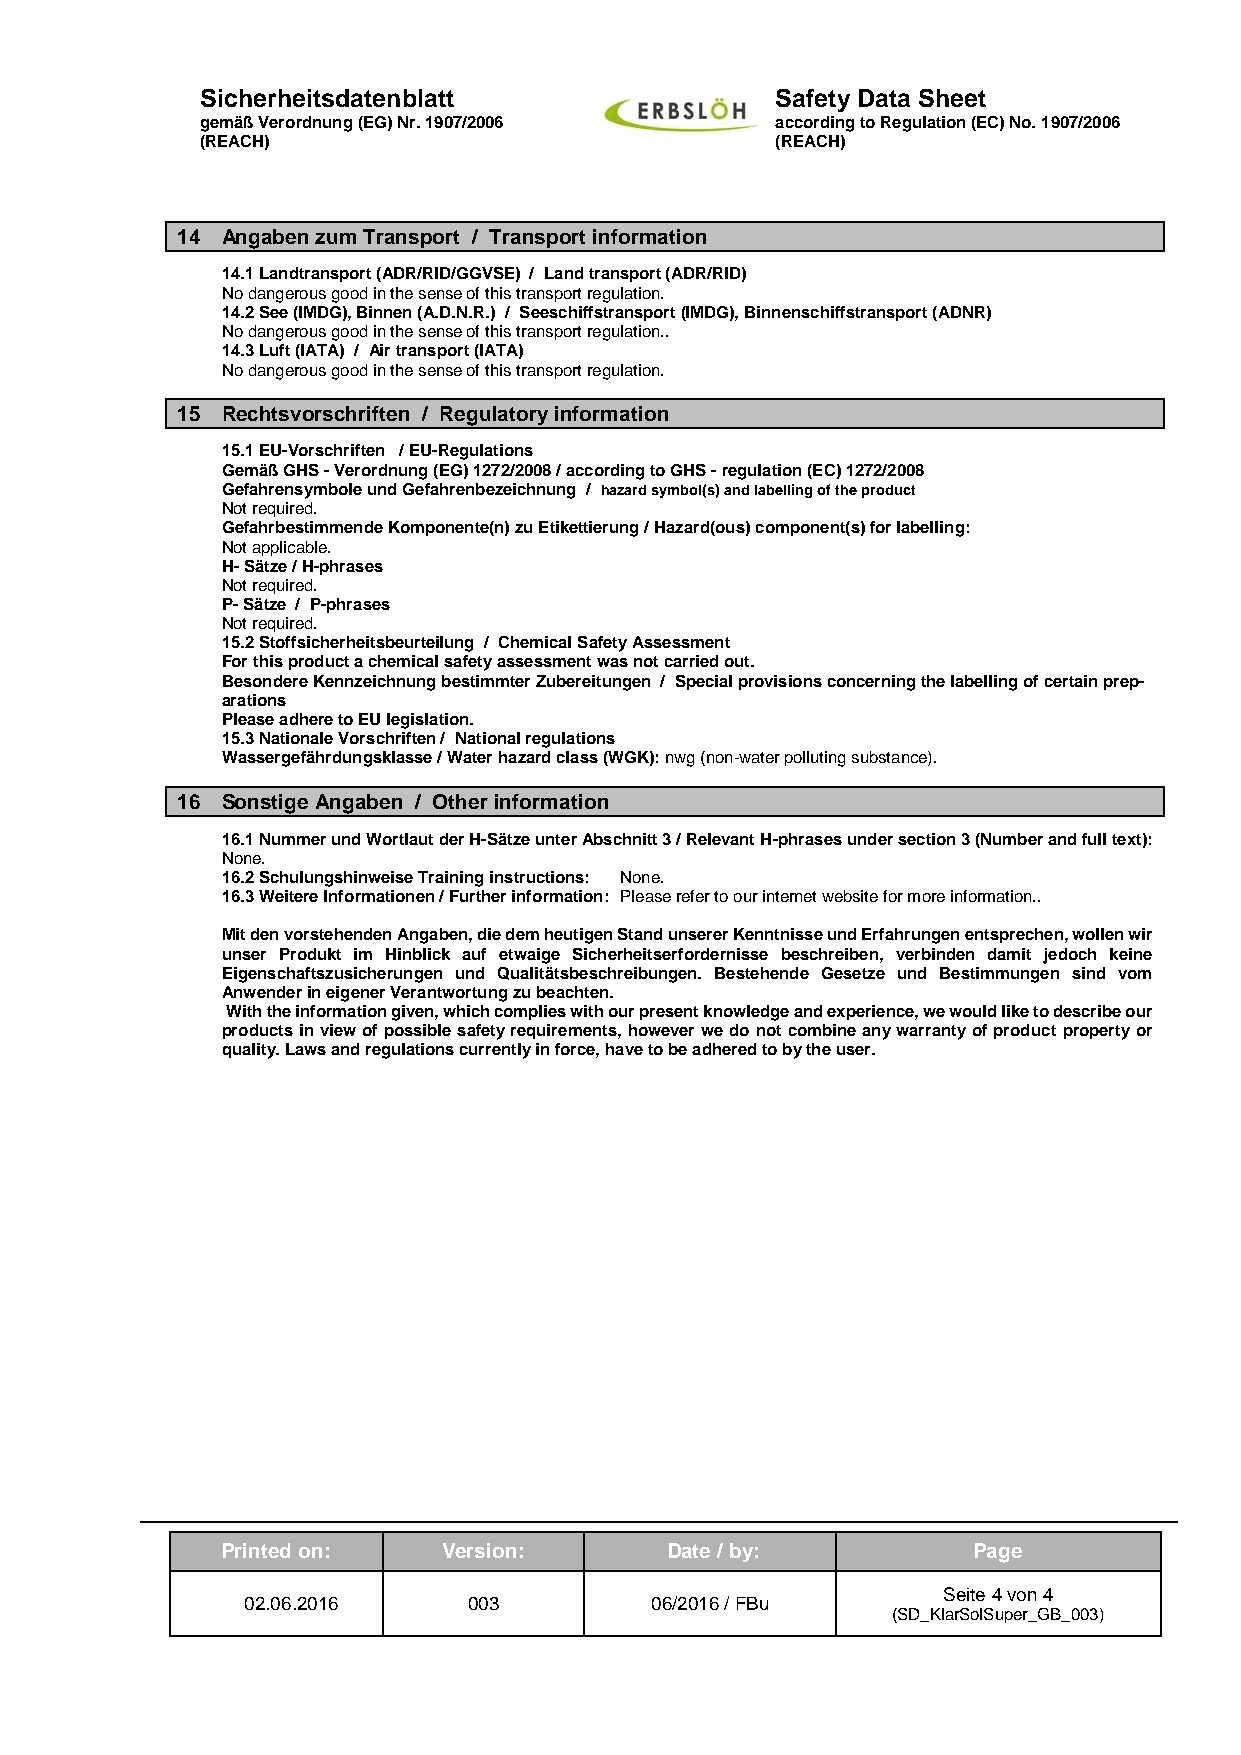
Sicherheitsdatenblatt                 Safety Data Sheet
 gemäß Verordnung (EG) Nr. 1907/2006   according to Regulation (EC) No. 1907/2006
 (REACH)                               (REACH)
 14 Angaben zum Transport / Transport information
 14.1 Landtransport (ADR/RID/GGVSE) / Land transport (ADR/RID)
 No dangerous good in the sense of this transport regulation.
 14.2 See (IMDG), Binnen (A.D.N.R.) / Seeschiffstransport (IMDG), Binnenschiffstransport (ADNR)
 No dangerous good in the sense of this transport regulation..
 14.3 Luft (IATA) / Air transport (IATA)
 No dangerous good in the sense of this transport regulation.
 15 Rechtsvorschriften / Regulatory information
 15.1 EU-Vorschriften / EU-Regulations
 Gemäß GHS - Verordnung (EG) 1272/2008 / according to GHS - regulation (EC) 1272/2008
 Gefahrensymbole und Gefahrenbezeichnung / hazard symbol(s) and labelling of the product
 Not required.
 Gefahrbestimmende Komponente(n) zu Etikettierung / Hazard(ous) component(s) for labelling:
 Not applicable.
 H- Sätze / H-phrases
 Not required.
 P- Sätze / P-phrases
 Not required.
 15.2 Stoffsicherheitsbeurteilung / Chemical Safety Assessment
 For this product a chemical safety assessment was not carried out.
 Besondere Kennzeichnung bestimmter Zubereitungen / Special provisions concerning the labelling of certain prep-
 arations
 Please adhere to EU legislation.
 15.3 Nationale Vorschriften / National regulations
 Wassergefährdungsklasse / Water hazard class (WGK): nwg (non-water polluting substance).
 16 Sonstige Angaben / Other information
 16.1 Nummer und Wortlaut der H-Sätze unter Abschnitt 3 / Relevant H-phrases under section 3 (Number and full text):
 None.
 16.2 Schulungshinweise Training instructions: None.
 16.3 Weitere Informationen / Further information: Please refer to our internet website for more information..
 Mit den vorstehenden Angaben, die dem heutigen Stand unserer Kenntnisse und Erfahrungen entsprechen, wollen wir
 unser Produkt im Hinblick auf etwaige Sicherheitserfordernisse beschreiben, verbinden damit jedoch keine
 Eigenschaftszusicherungen und Qualitätsbeschreibungen. Bestehende Gesetze und Bestimmungen sind vom
 Anwender in eigener Verantwortung zu beachten.
 With the information given, which complies with our present knowledge and experience, we would like to describe our
 products in view of possible safety requirements, however we do not combine any warranty of product property or
 quality. Laws and regulations currently in force, have to be adhered to by the user.
 Printed on:   Version:       Date / by:          Page
 Seite 4 von 4
 02.06.2016     003         06/2016 / FBu
 (SD_KlarSolSuper_GB_003)